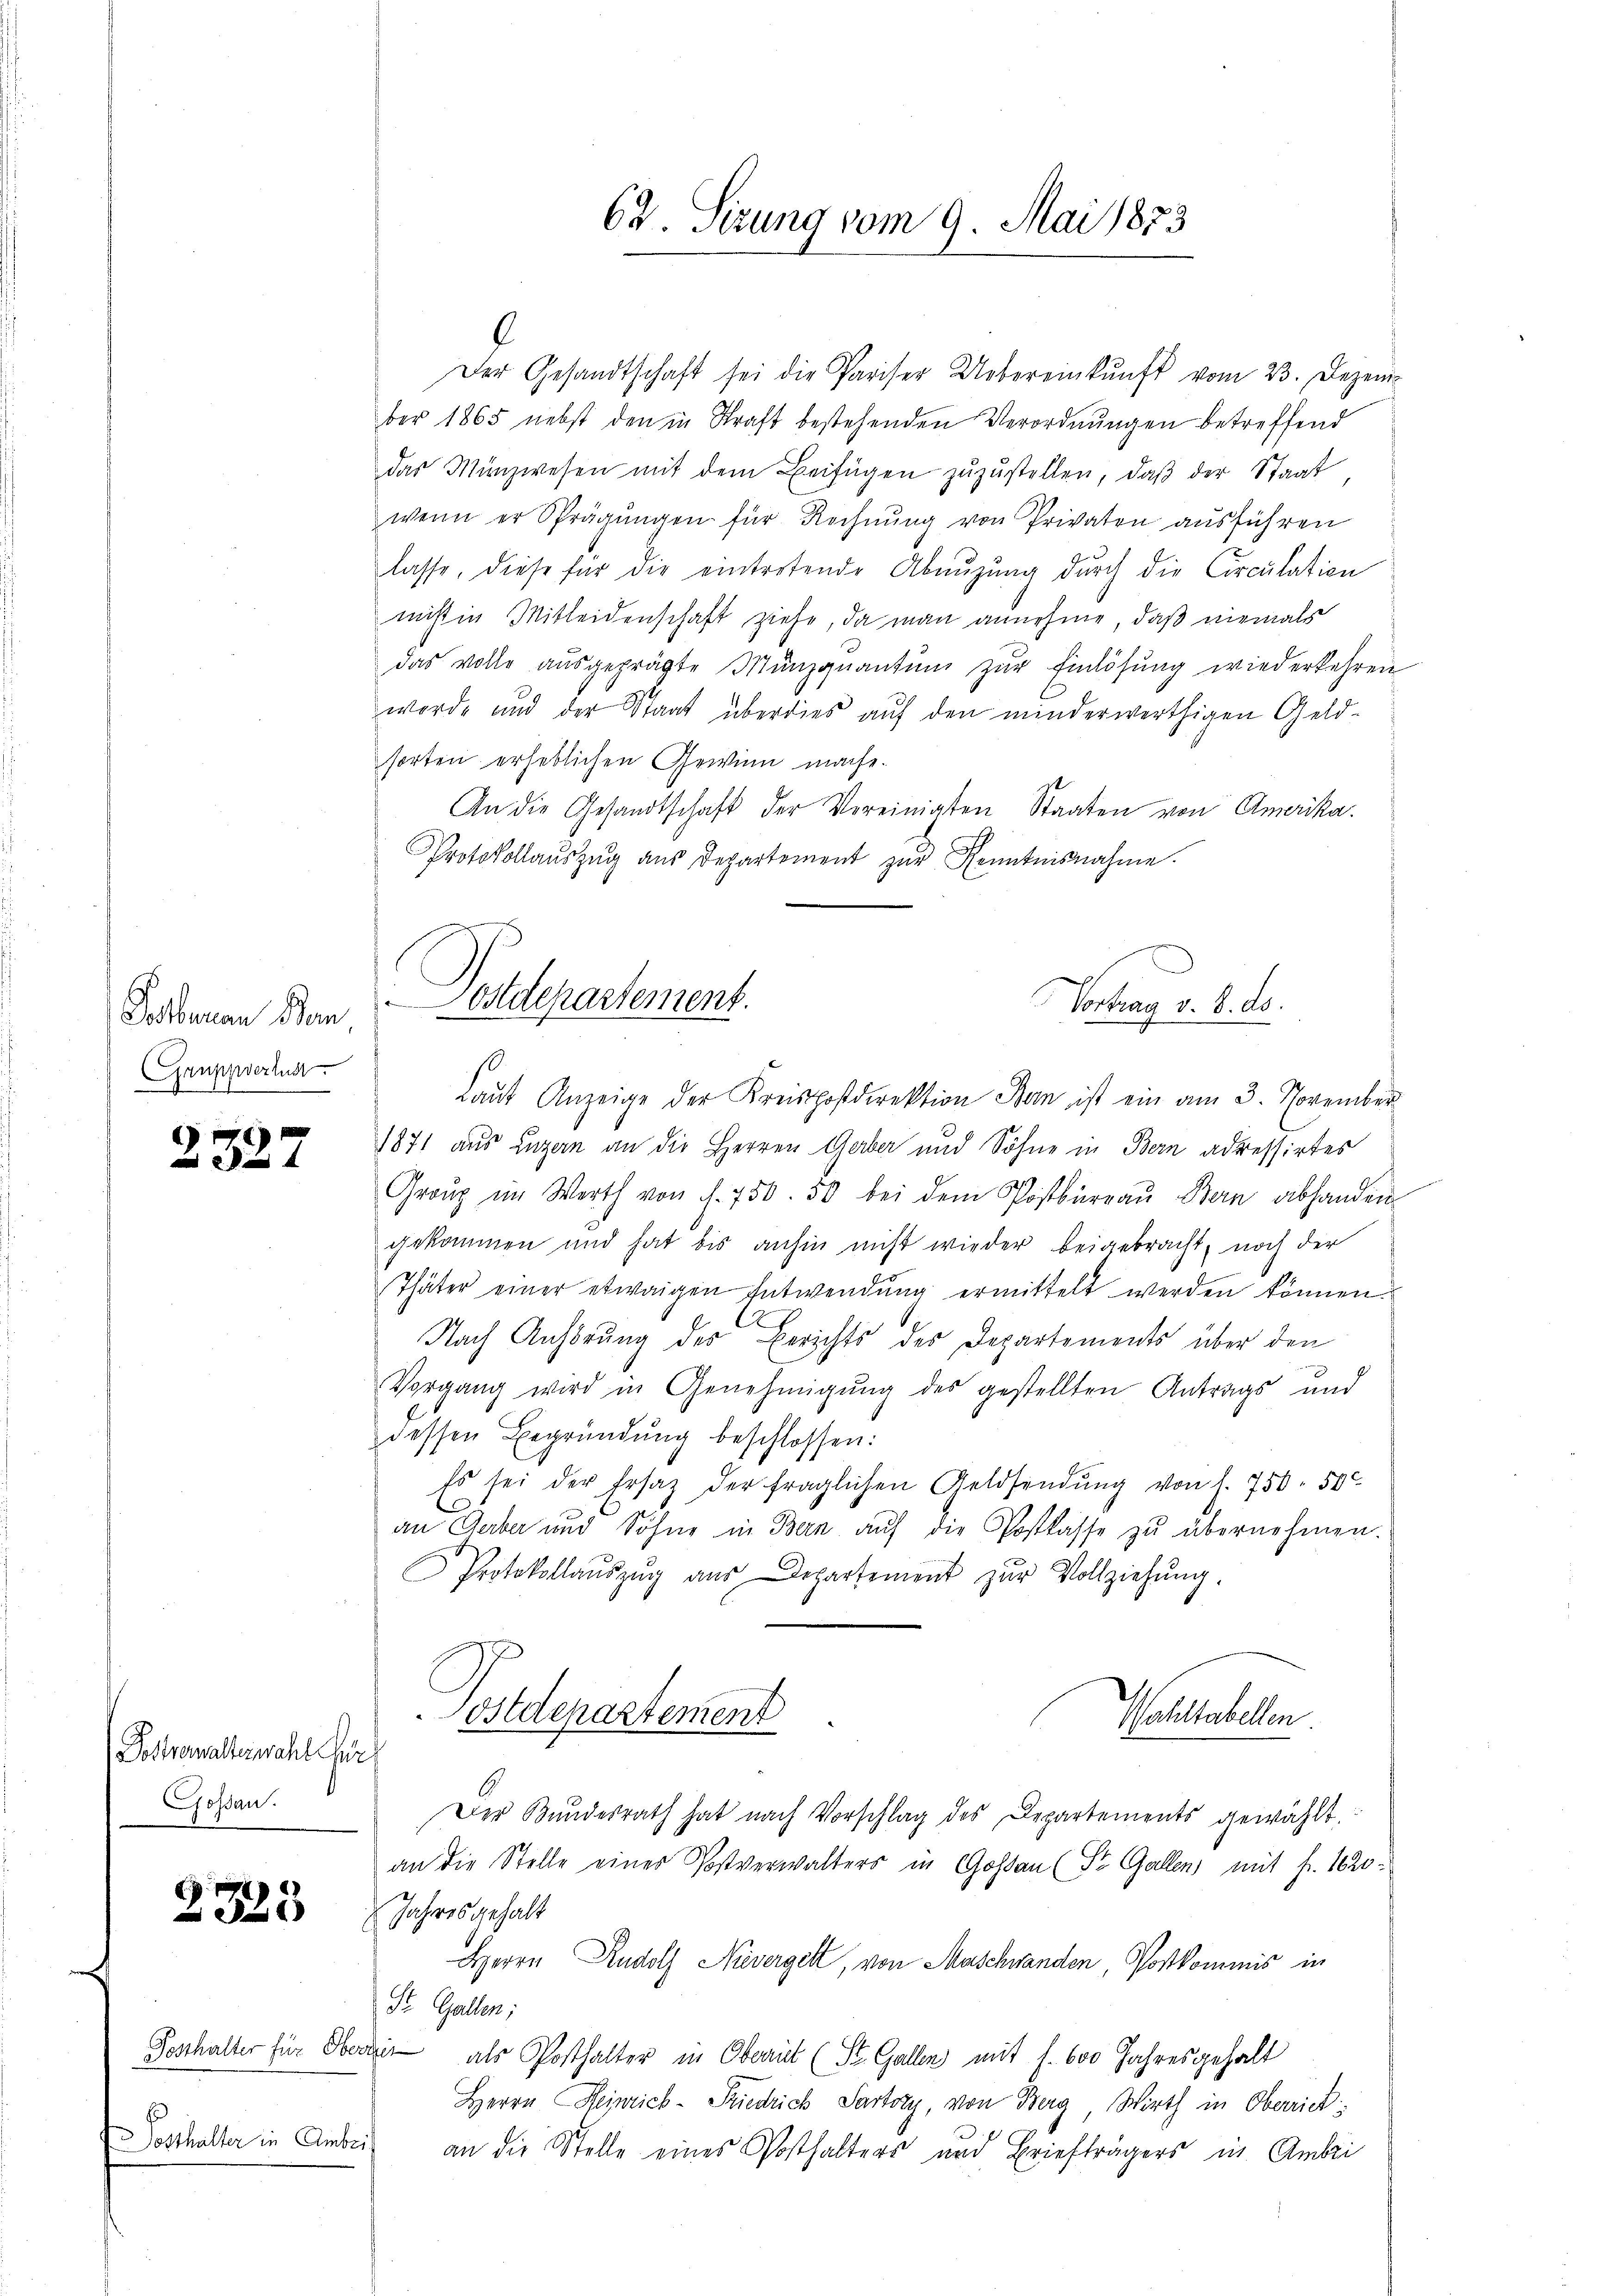
Pesberau Ban
Gruppverlust
1

2327

Postverwalterwahl für
Gossau.

2323

Posthalter für Oberdien

.
Der Gesandtschaft sei die Pariser Uebereinkunft vom 23. Dezem
ber 1865 nebst den in Kraft bestehenden Verordnungen betreffend
das Münzwesen mit dem Beifügen zuzustellen, daß der Staat
wenn er Sprägŭngen für Rechnŭng von Privaten ausführen
lasse, diese für die eintretende Abnuzung durch die Circulation
nicht in Mitleidenschaft ziehe, da man annehme, daß niemals
das volle aŭsgeprägte Münzquantum zŭr Einlösung wiederkehren
werde und der Staat überdies aŭf den minderwerthigen Geld-
sorten erheblichen Gewinn mache.
An die Gesandtschaft der Vereinigten Staaten von Amerika
Protokollaŭszŭg aŭs Departement zŭr Kenntnisnahme.
Vortrag v. 4. ds.
Laŭt Anzeige der Kreispostdirektion Ban ist ein am 3. November
1871 aus Luzern an die Herren Gerber und Söhne in Bern adressirtes
Graŭp im Werth von f. 750. 50 bei dem Postbüreaŭ Bern abhanden
gekommen und hat bis anhin nicht wieder beigebracht, noch der
Thäter einer etwaigen Entwendŭng ermittelt werden können.
Nach Anhörung des Berichts des Departements über den
Vorgang wird in Genehmigŭng des gestellten Antrags und
dessen Begründung beschlossen:
Es sei der Ersatz der fraglichen Geldsendŭng von 1. 750. 500
an Gaber und Söhne in Bern aŭf die Postkasse zu übernehmen.
Protokollaŭszŭg aŭs Departement zŭr Vollziehŭng.
Postdepartement
Wohltabellen.
 2 x
f xx
s
Der Bŭndesrath hat nach Vorschlag des Departements gewählt.
an die Stelle eines Postverwalters in Goßau (Dr. Gallen, mit fr. 1820.
Jahresgehalt
Herrn Rudolf Nievergelt, von Maschwanden, Postkommis in
Dr. Gallen;
als Posthalter in Oberat (St. Gallen mit 1. 600 Jahresgehalt
Herrn Heinrich-Priedrich Partory, von Berg, Wirth in Oberrich
Sosthalter in Anbei an die Stelle eines Posthalters und Briefträgers in Anbei

Postdepartement.

62. Sizung vom 9. Mai 1873